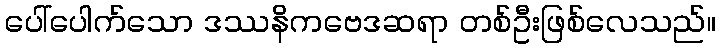
ပေါ်ပေါက်သော ဒဿနိကဗေဒဆရာ တစ်ဦးဖြစ်လေသည်။